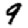
Digit: 9